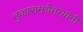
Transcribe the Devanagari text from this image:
तुकारामचैतन्यांनी